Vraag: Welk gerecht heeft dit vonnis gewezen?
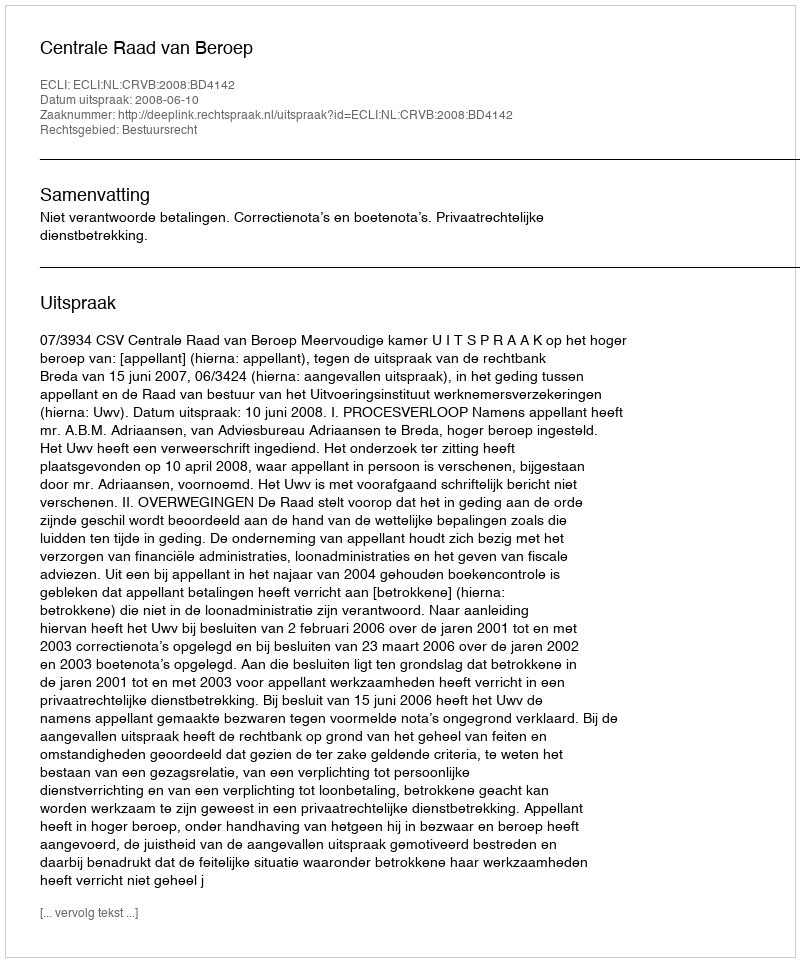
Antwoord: Centrale Raad van Beroep